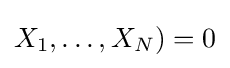
X_{1},\ldots ,X_{N})=0